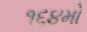
૧૬૪મો